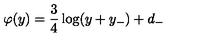
\varphi ( y ) = \frac { 3 } { 4 } \log ( y + y _ { - } ) + d _ { - }